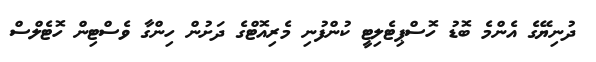
ދުނިޔޭގެ އެންމެ ބޮޑު ހޮސްޕިޓެލިޓީ ކުންފުނި މެރިއޮޓްގެ ދަށުން ހިންގާ ވެސްޓިން ހޮޓެލްސް